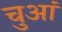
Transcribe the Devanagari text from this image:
चुआं